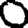
Digit: 0